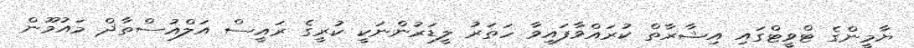
ޔާމީންގެ ޓްވީޓްގައި އިޝާރާތް ކުރައްވާފައިވާ ހަތަރު ލީޑަރުންނަކީ ކުރީގެ ރައީސް އަލްއުސްތާޛް މައުމޫން